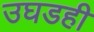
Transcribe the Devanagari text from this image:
उघडही